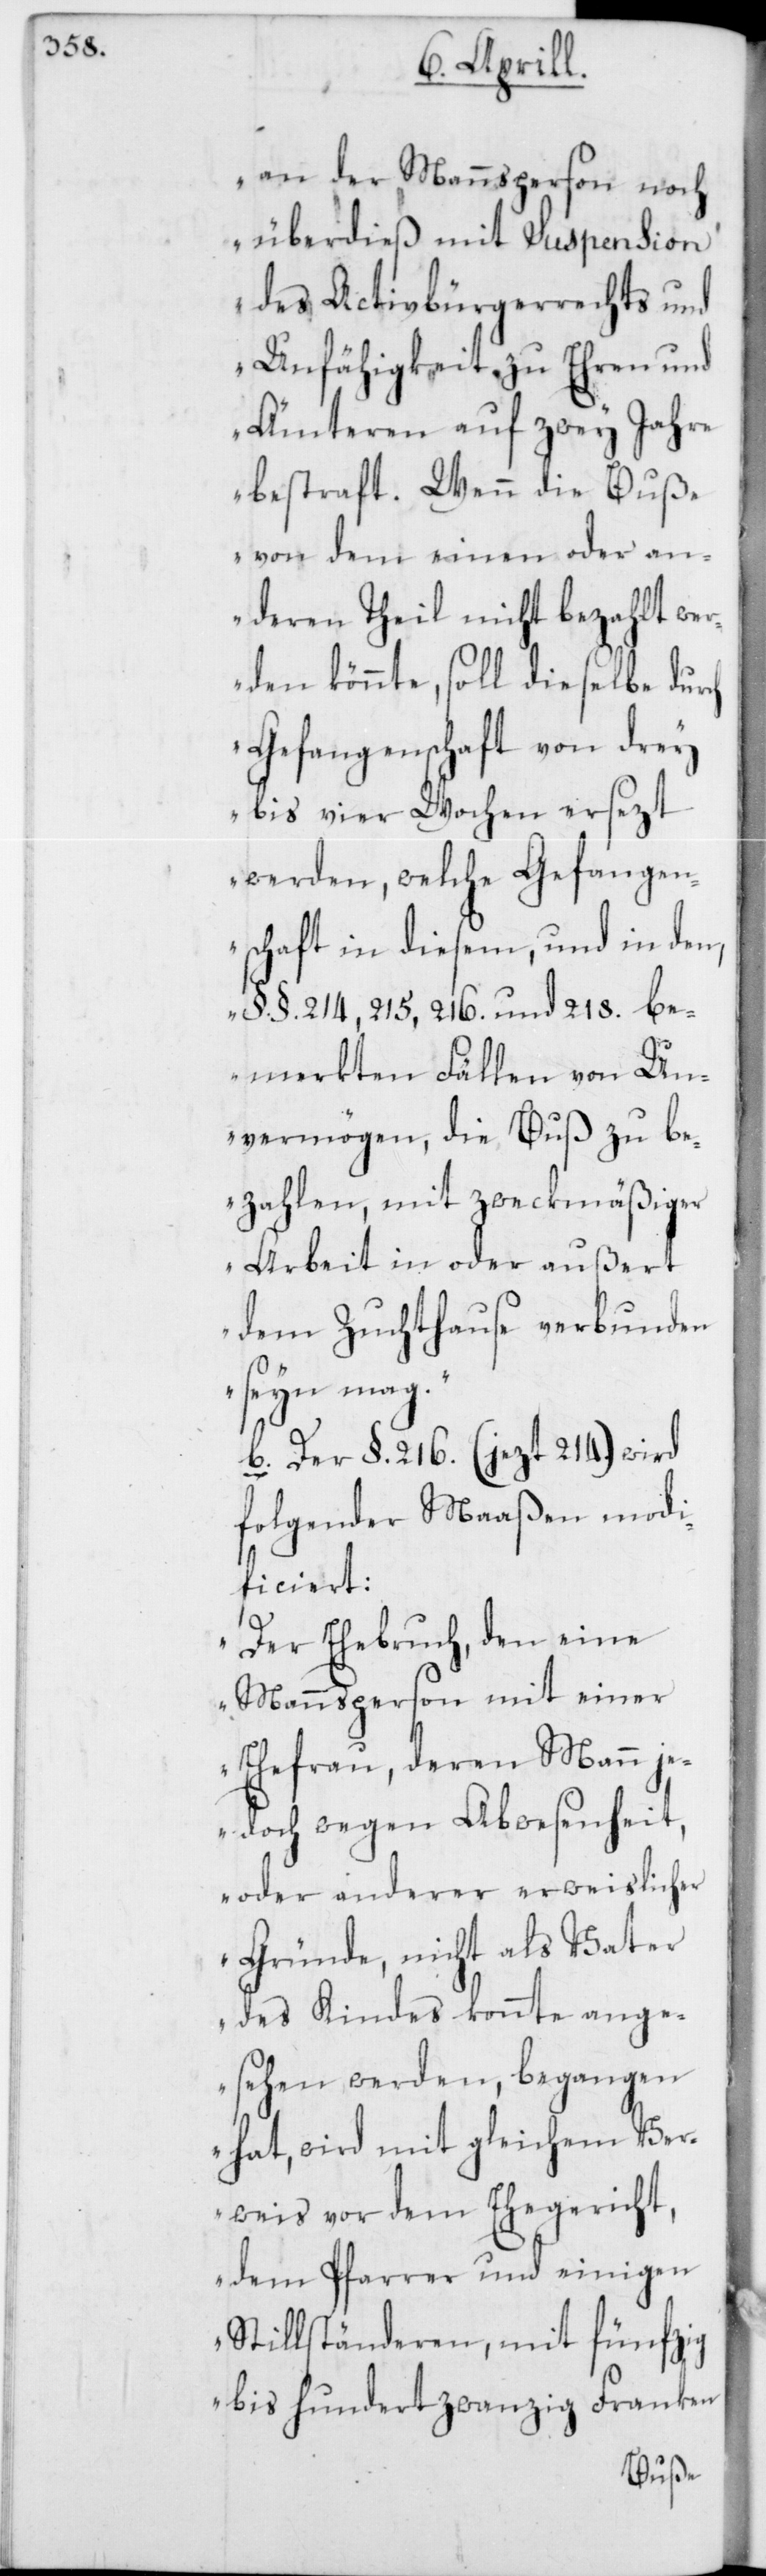
an der Mannsperson noch
überdieß mit Suspension
des Activbürgerrechts und
Unfähigkeit zu Ehren und
Ämteren auf zwey Jahre
bestraft. Wenn die Buße
von dem einen oder an¬
deren Theil nicht bezahlt wer¬
den könnte, soll dieselbe durch
Gefangenschaft von drey
bis vier Wochen ersezt
werden, welche Gefangen¬
schaft in diesem, und in den,
§. §. 214, 215, 216. und 218. be¬
merkten Fällen von Un¬
vermögen, die Buß zu be¬
zahlen, mit zweckmäßiger
Arbeit in oder außert
dem Zuchthause verbunden
seyn mag.“
b. Der §. 216 (jezt 214.) wird
folgender Maaßen modi¬
ficiert:
„Der Ehebruch, den eine
Mannsperon mit einer
Ehefrau, deren Mann je¬
doch wegen Abwesenheit,
oder anderer erweislicher
Gründe, nicht als Vater
des Kindes konnte ange¬
sehen werden, begangen
hat, wird mit gleichem Ver¬
weis vor dem Ehegericht,
dem Pfarrer und einigen
Stillständeren, mit fünfzig
bis hundertzwanzig Franken